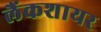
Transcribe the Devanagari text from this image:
लैंकशायर